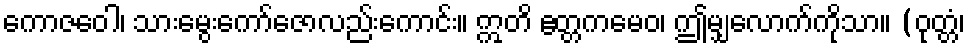
ကောဇဝေါ၊ သားမွေးကော်ဇောလည်းကောင်း။ ဣတိ ဧတ္တကမေဝ၊ ဤမျှလောက်ကိုသာ။ (ဝုတ္တံ၊